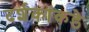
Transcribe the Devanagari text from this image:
दर्शकांकडे